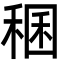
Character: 稛